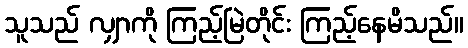
သူသည် လျှာကို ကြည့်မြဲတိုင်း ကြည့်နေမိသည်။